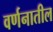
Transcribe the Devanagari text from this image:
वर्णनातील